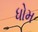
ધોમ